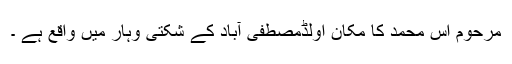
مرحوم آس محمد کا مکان اولڈمصطفیٰ آباد کے شکتی وہار میں واقع ہے ۔